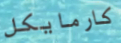
كارمايكل